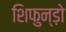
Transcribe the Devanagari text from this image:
शिफुन्ड़ो